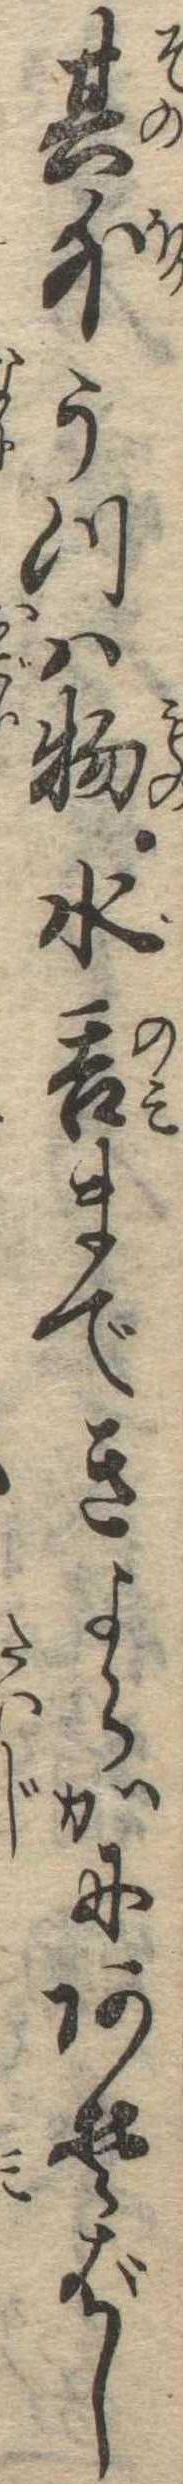
其外うつは物水呑まできよらかにあそばし